Madras plague regulations in force outside the Presidency town - Volume 2
Disease focus: Plague
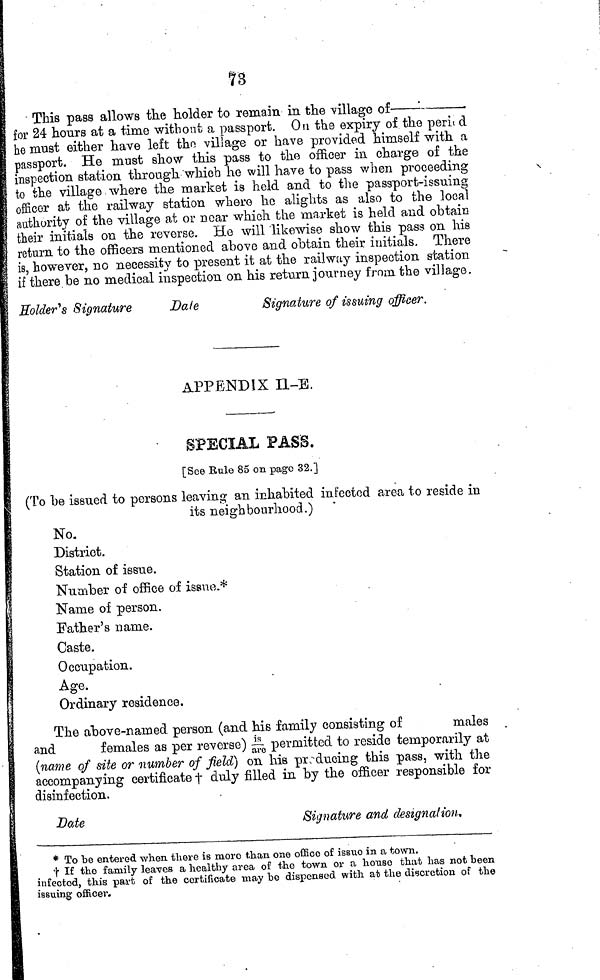
78
This
pass allows the holder to remain in the village of
time
without a passport. On the expiry of the period
he must either have left the village or have provided himself with a
passport. He must show this pass to the officer in charge of the
inspection station through which he will have to pass when proceeding
to the village where the market is held and to the passport-issuing
officer at the railway station where he alights as also to the local
authority of the village at or near which the market is held and obtain
their initials on the reverse. Ho will likewise show this pass on his
return to the officers mentioned above and obtain their initials. There
is, however, no necessity to present it at the railway inspection station
if there be no medical inspection on his return journey from the village.
Holder's Signature
Date
Signature of issuing officer.
APPENDIX Il-E.
SPECIAL PASS.
[See Rule 85 on page 32.]
(To be issued to persons leaving an inhabited infected area to reside in
its neighbourhood.)
No.
District.
Station of issue.
Number of office of issue.*
Name oí person.
Father's name.
Caste.
Occupation.
Age.
Ordinary residence.
The above-named person (and his family consisting of
males
and
females as per reverse) is are permitted to reside temporarily at
(name of site or number of field] on his producing this pass, with the
accompanying certificate † duly filled in by the officer responsible for
disinfection.
Date
Signature and designation,
* To be entered when there is moro than one office of issue in a town.
† If the family leaves a healthy area of the town or a house that has not been
infected, this part of the certificate may be dispensed with at the discretion of the
issuing- officer.